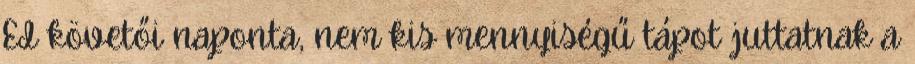
EI követői naponta, nem kis mennyiségű tápot juttatnak a